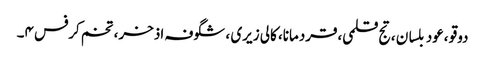
دوقو ،عود بلسان ،تج قلمی،قردمانا، کالی زیری ، شگوفہ اذخر، تخم کرفس ۴۔